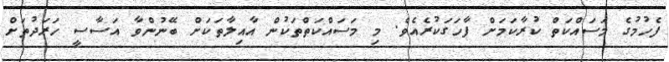
ފެހުމުގެ މަސައްކަތް ކުރާކަމަށް ފާހަގަކުރެއެވެ. މި މަސައްކަތްތަކުން އާއިލާތަކަށް ބޭނުންވާ އަސާސީ ހަރަދުތަށް